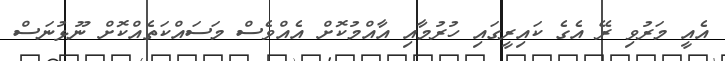
އެއީ މަރުވި ރޭ އެގެ ކައިރީގައި ހުރުމާއި އާއްމުކޮށް އެއްވެސް މަސައްކަތެއްކޮށް ނޫޅުނަސް